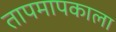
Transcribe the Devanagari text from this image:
तापमापकाला